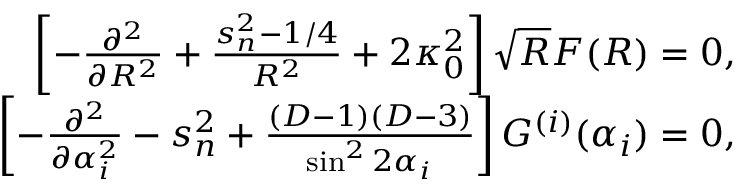
\begin{array} { r l r } & { } & { \left[ - \frac { \partial ^ { 2 } } { \partial R ^ { 2 } } + \frac { s _ { n } ^ { 2 } - 1 / 4 } { R ^ { 2 } } + 2 \kappa _ { 0 } ^ { 2 } \right] \sqrt { R } F ( R ) = 0 , } \\ & { } & { \left[ - \frac { \partial ^ { 2 } } { \partial \alpha _ { i } ^ { 2 } } - s _ { n } ^ { 2 } + \frac { ( D - 1 ) ( D - 3 ) } { \sin ^ { 2 } 2 \alpha _ { i } } \right] G ^ { ( i ) } ( \alpha _ { i } ) = 0 , } \end{array}